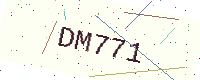
Text: DM771